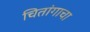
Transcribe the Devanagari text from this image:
चितांगाचा